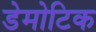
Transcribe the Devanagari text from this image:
डेमोटिक